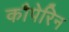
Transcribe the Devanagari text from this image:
कौपेरिन